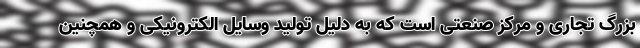
بزرگ تجاری و مرکز صنعتی است که به دلیل تولید وسایل الکترونیکی و همچنین